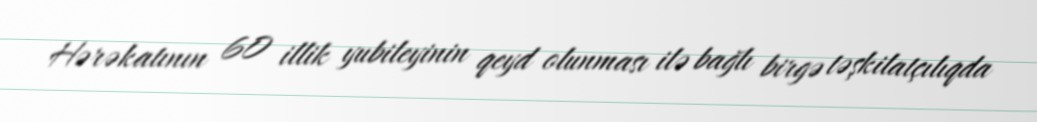
Hərəkatının 60 illik yubileyinin qeyd olunması ilə bağlı birgə təşkilatçılıqda